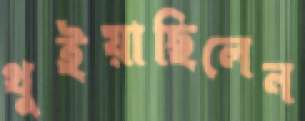
থুইয়াছিলেন